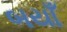
બયાઁ